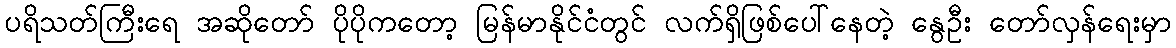
ပရိသတ်ကြီးရေ အဆိုတော် ပိုပိုကတော့ မြန်မာနိုင်ငံတွင် လက်ရှိဖြစ်ပေါ်နေတဲ့ နွေဦး တော်လှန်ရေးမှာ